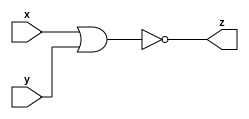
module gac_nor_gate (x, y, z);
  input x;
  input y;
  output z;
  
  assign z = ~(x|y) ;
  
  
endmodule